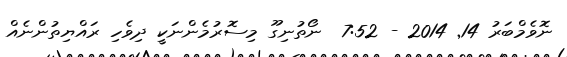
ނޮވެމްބަރު 14